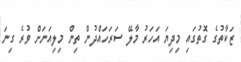
ޒަކާތުގެ ގޮތުގައި މިދިޔަ އަހަރު މާލޭ ސަރަހައްދުން ތިން މިލިއަނަށް ވުރެ ގިނަ